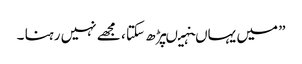
” میں یہاںنہیںپڑھ سکتا ، مجھے نہیں رہنا ۔